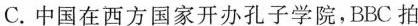
C.中国在西方国家开办孔子学院,BBC拍